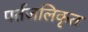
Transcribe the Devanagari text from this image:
पर्तजलिकृत